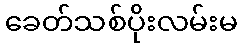
ခေတ်သစ်ပိုးလမ်းမ